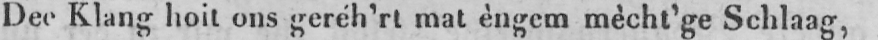
Dee Klang hoit ons geréh’rt mat èngem mècht’ge Schlaag,